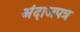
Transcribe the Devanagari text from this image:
अंदाजपत्र